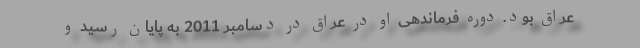
عراق بود. دوره فرماندهی او در عراق در دسامبر 2011 به پایان رسید و